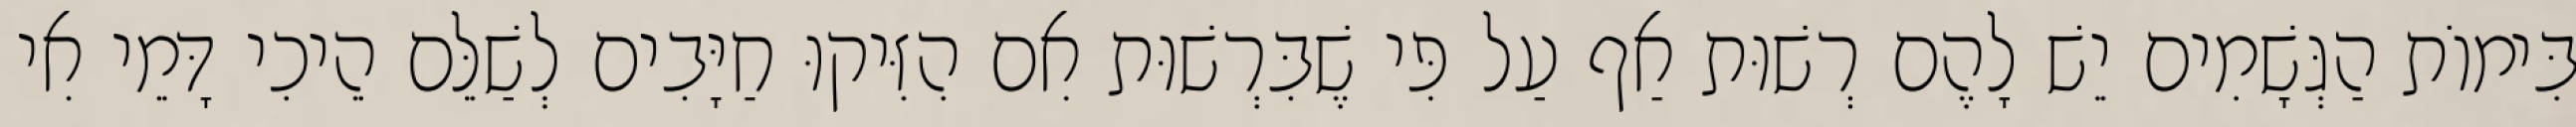
בִּימוֹת הַגְּשָׁמִים יֵשׁ לָהֶם רְשׁוּת אַף עַל פִּי שֶׁבִּרְשׁוּת אִם הִזִּיקוּ חַיָּבִים לְשַׁלֵּם הֵיכִי דָּמֵי אִי